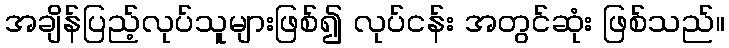
အချိန်ပြည့်လုပ်သူများဖြစ်၍ လုပ်ငန်း အတွင်ဆုံး ဖြစ်သည်။